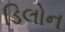
ડિલોન